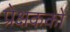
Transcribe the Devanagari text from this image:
प्रेक्षकको